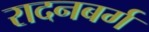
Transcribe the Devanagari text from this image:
रादनबर्ग